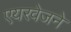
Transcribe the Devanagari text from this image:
एयरवेजने